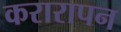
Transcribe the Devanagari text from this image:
करारापन